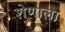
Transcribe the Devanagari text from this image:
शेणाला